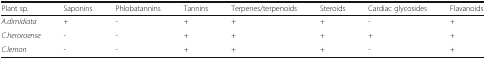
<table><thead><tr><td><b>Plant sp.</b></td><td><b>Saponins</b></td><td><b>Phlobatannins</b></td><td><b>Tannins</b></td><td><b>Terpenes/terpenoids</b></td><td><b>Steroids</b></td><td><b>Cardiac glycosides</b></td><td><b>Flavanoids</b></td></tr></thead><tbody><tr><td><i>A.dimidiata</i></td><td>+</td><td>-</td><td>+</td><td>+</td><td>+</td><td>-</td><td>+</td></tr><tr><td><i>C.heroroense</i></td><td>-</td><td>-</td><td>+</td><td>+</td><td>+</td><td>+</td><td>+</td></tr><tr><td><i>C.lemon</i></td><td>-</td><td>-</td><td>+</td><td>+</td><td>+</td><td>-</td><td>+</td></tr></tbody></table>